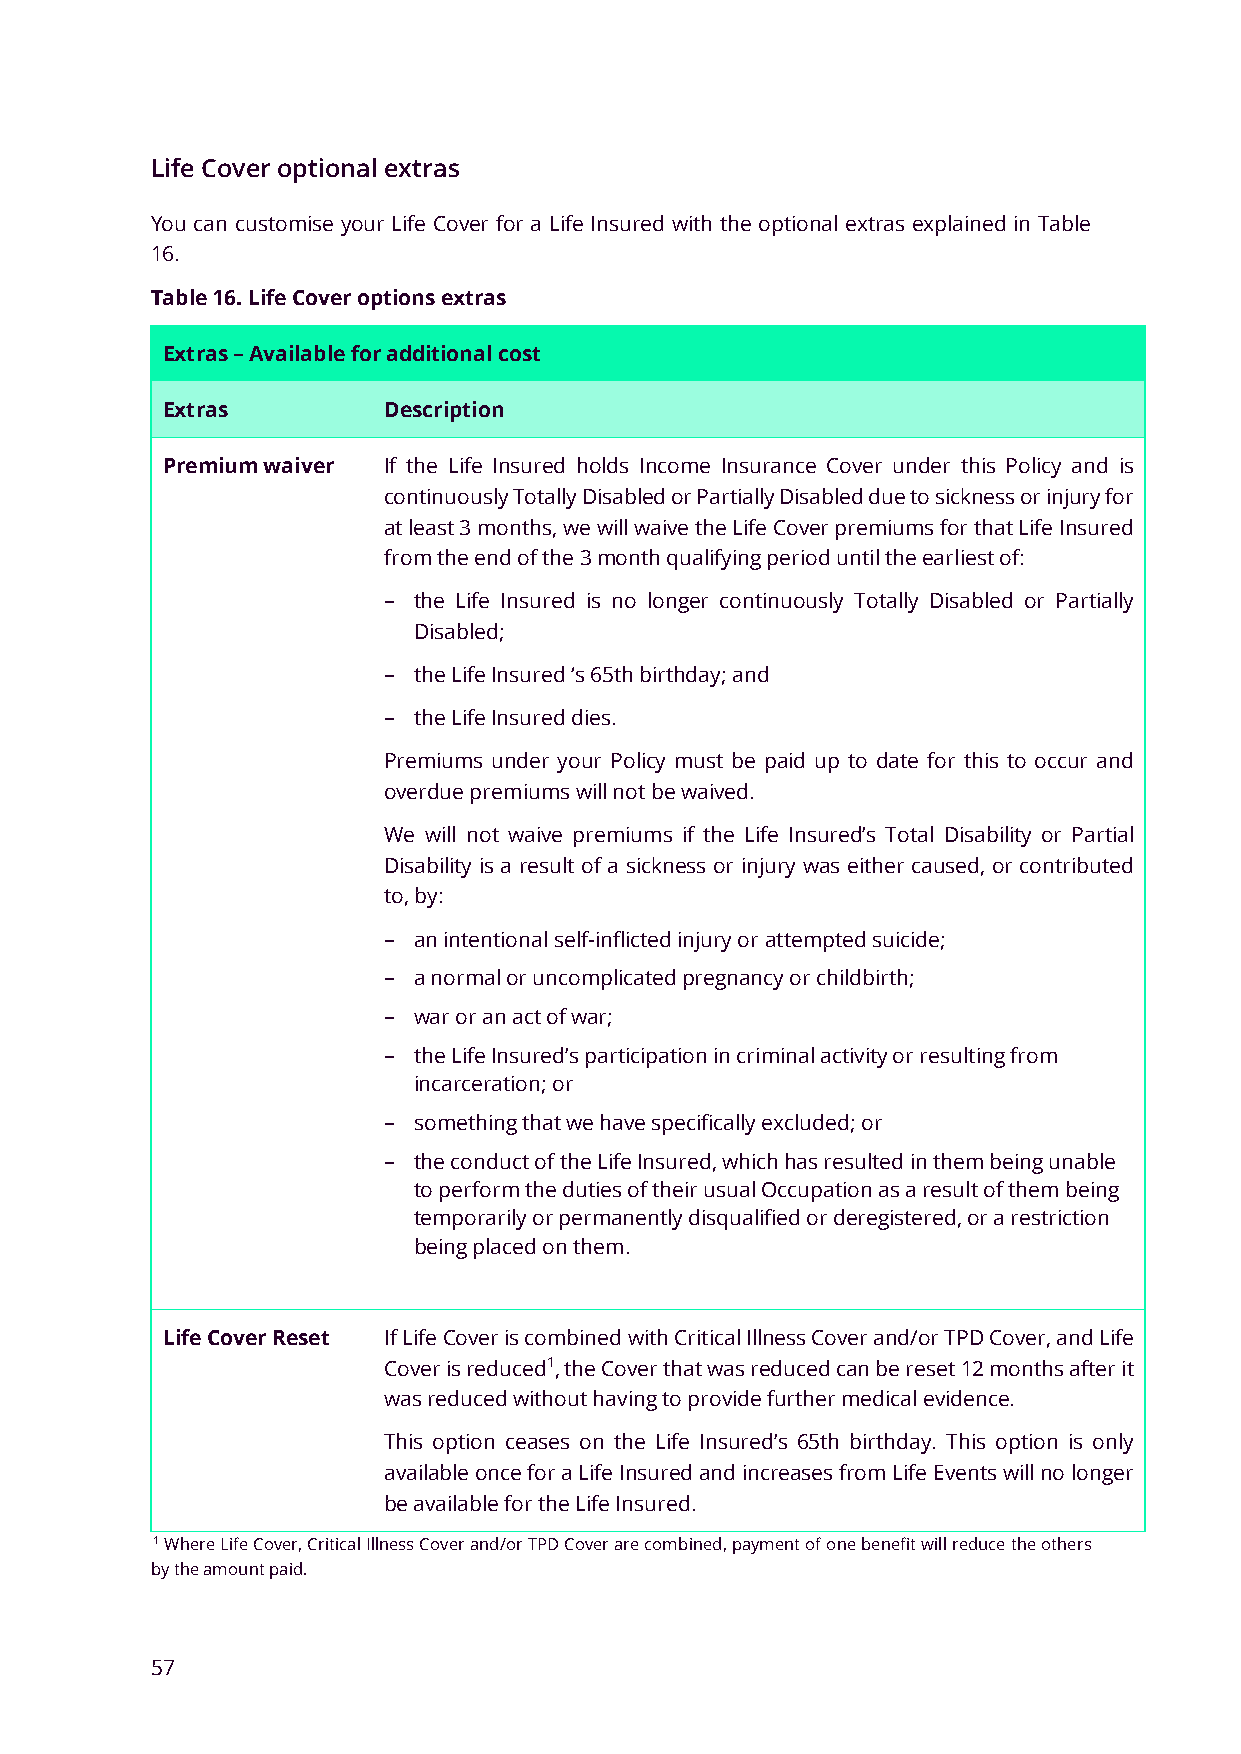
Life Cover optional extras
 You can customise your Life Cover for a Life Insured with the optional extras explained in Table
 16.
 Table 16. Life Cover options extras
 Extras – Available for additional cost
 Extras        Description
 Premium waiver If the Life Insured holds Income Insurance Cover under this Policy and is
 continuously Totally Disabled or Partially Disabled due to sickness or injury for
 at least 3 months, we will waive the Life Cover premiums for that Life Insured
 from the end of the 3 month qualifying period until the earliest of:
 − the Life Insured is no longer continuously Totally Disabled or Partially
 Disabled;
 − the Life Insured ‘s 65th birthday; and
 − the Life Insured dies.
 Premiums under your Policy must be paid up to date for this to occur and
 overdue premiums will not be waived.
 We will not waive premiums if the Life Insured’s Total Disability or Partial
 Disability is a result of a sickness or injury was either caused, or contributed
 to, by:
 − an intentional self-inflicted injury or attempted suicide;
 − a normal or uncomplicated pregnancy or childbirth;
 − war or an act of war;
 − the Life Insured’s participation in criminal activity or resulting from
 incarceration; or
 − something that we have specifically excluded; or
 − the conduct of the Life Insured, which has resulted in them being unable
 to perform the duties of their usual Occupation as a result of them being
 temporarily or permanently disqualified or deregistered, or a restriction
 being placed on them.
 Life Cover Reset If Life Cover is combined with Critical Illness Cover and/or TPD Cover, and Life
 Cover is reduced1, the Cover that was reduced can be reset 12 months after it
 was reduced without having to provide further medical evidence.
 This option ceases on the Life Insured’s 65th birthday. This option is only
 available once for a Life Insured and increases from Life Events will no longer
 be available for the Life Insured.
 1 Where Life Cover, Critical Illness Cover and/or TPD Cover are combined, payment of one benefit will reduce the others
 by the amount paid.
 57